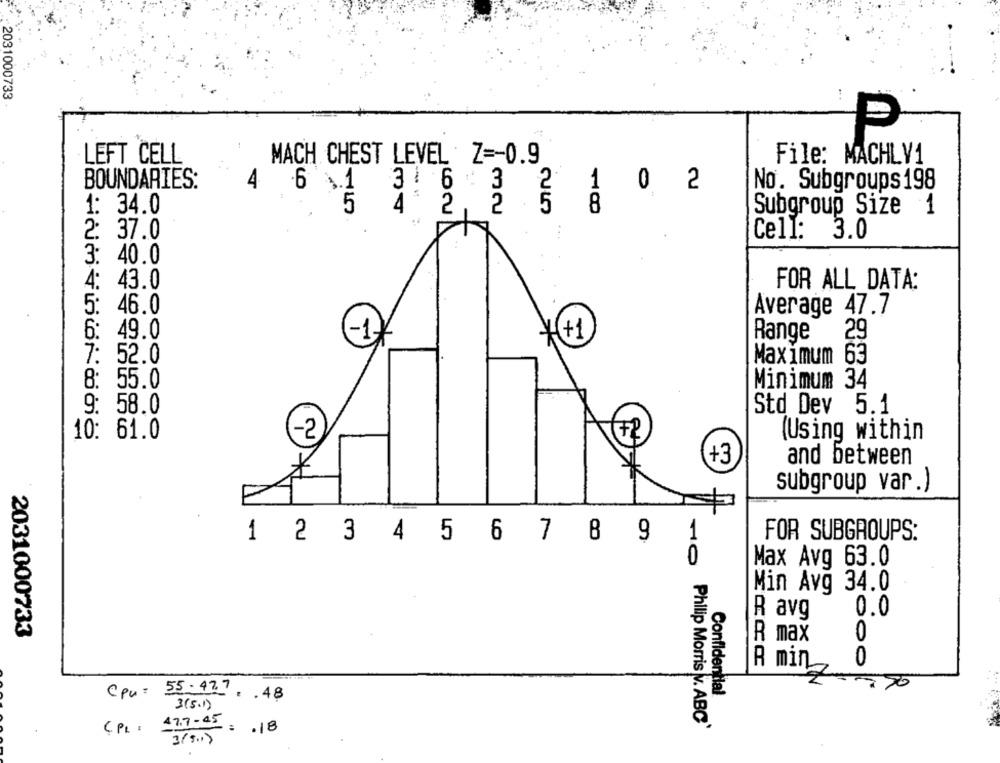
2031000733
LEFT CELL
MACH CHEST LEVEL Z =- 0.9
File: MACHLV1
BOUNDARIES:
4
6 1 36 :3 2
1 0
2
No. Subgroups 198
2
5
8
1: 34.0
5
Subgroup Size 1
2: 37.0
Cell:
3.0
3: 40.0
4: 43.0
FOR ALL DATA:
5: 46.0
Average 47.7
6: 49.0
-1
+
Range
29
Maximum 63
7: 52.0
8: 55.0
Minimum 34
9: 58.0
Std Dev 5.1
-2
(Using within
10: 61.0
+3
*
and between
subgroup var .)
1
1 2 3 4 5 6 7 8
9
FOR SUBGROUPS:
0
Max Avg 63.0
Min Avg 34.0
R avg
0.0
2031000733
R max
0
0
R min
Confidential
Cpu: 55. 477. . 48
3(5.1)
Philip Morris v. ABC'
CPL: 47.7:45 .18
319.15